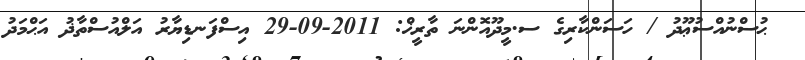
ޙުސްނުއްސުޢޫދު / ހަސަންކާރިގެ ސ.މީދޫއޮންނަ ތާރީޚް: 2011-09-29 އިސްފަނޑިޔާރު އަލްއުސްތާޛު އަޙްމަދު